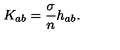
K _ { a b } = \frac { \sigma } { n } h _ { a b } .